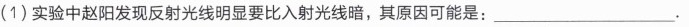
(1)实验中赵阳发现反射光线明显要比入射光线暗，其原因可能是：___。